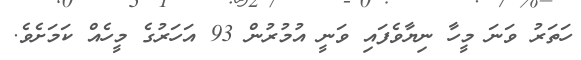
ހަތަރު ވަނަ މީހާ ނިޔާވެފައި ވަނީ އުމުރުން 93 އަހަރުގެ މީހެއް ކަމަށެވެ.